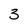
Character: 3